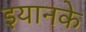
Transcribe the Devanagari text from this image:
इयानके